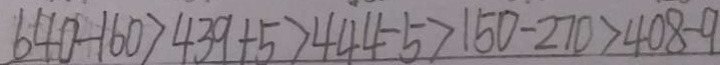
6 4 0 - 1 6 0 > 4 3 9 + 5 > 4 4 4 - 5 > 1 5 0 - 2 7 0 > 4 0 8 - 9